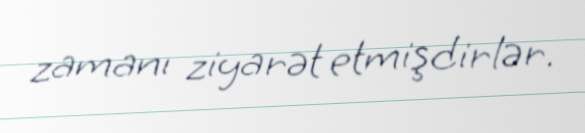
zamanı ziyarət etmişdirlər.